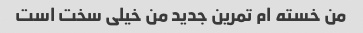
من خسته ام تمرین جدید من خیلی سخت است